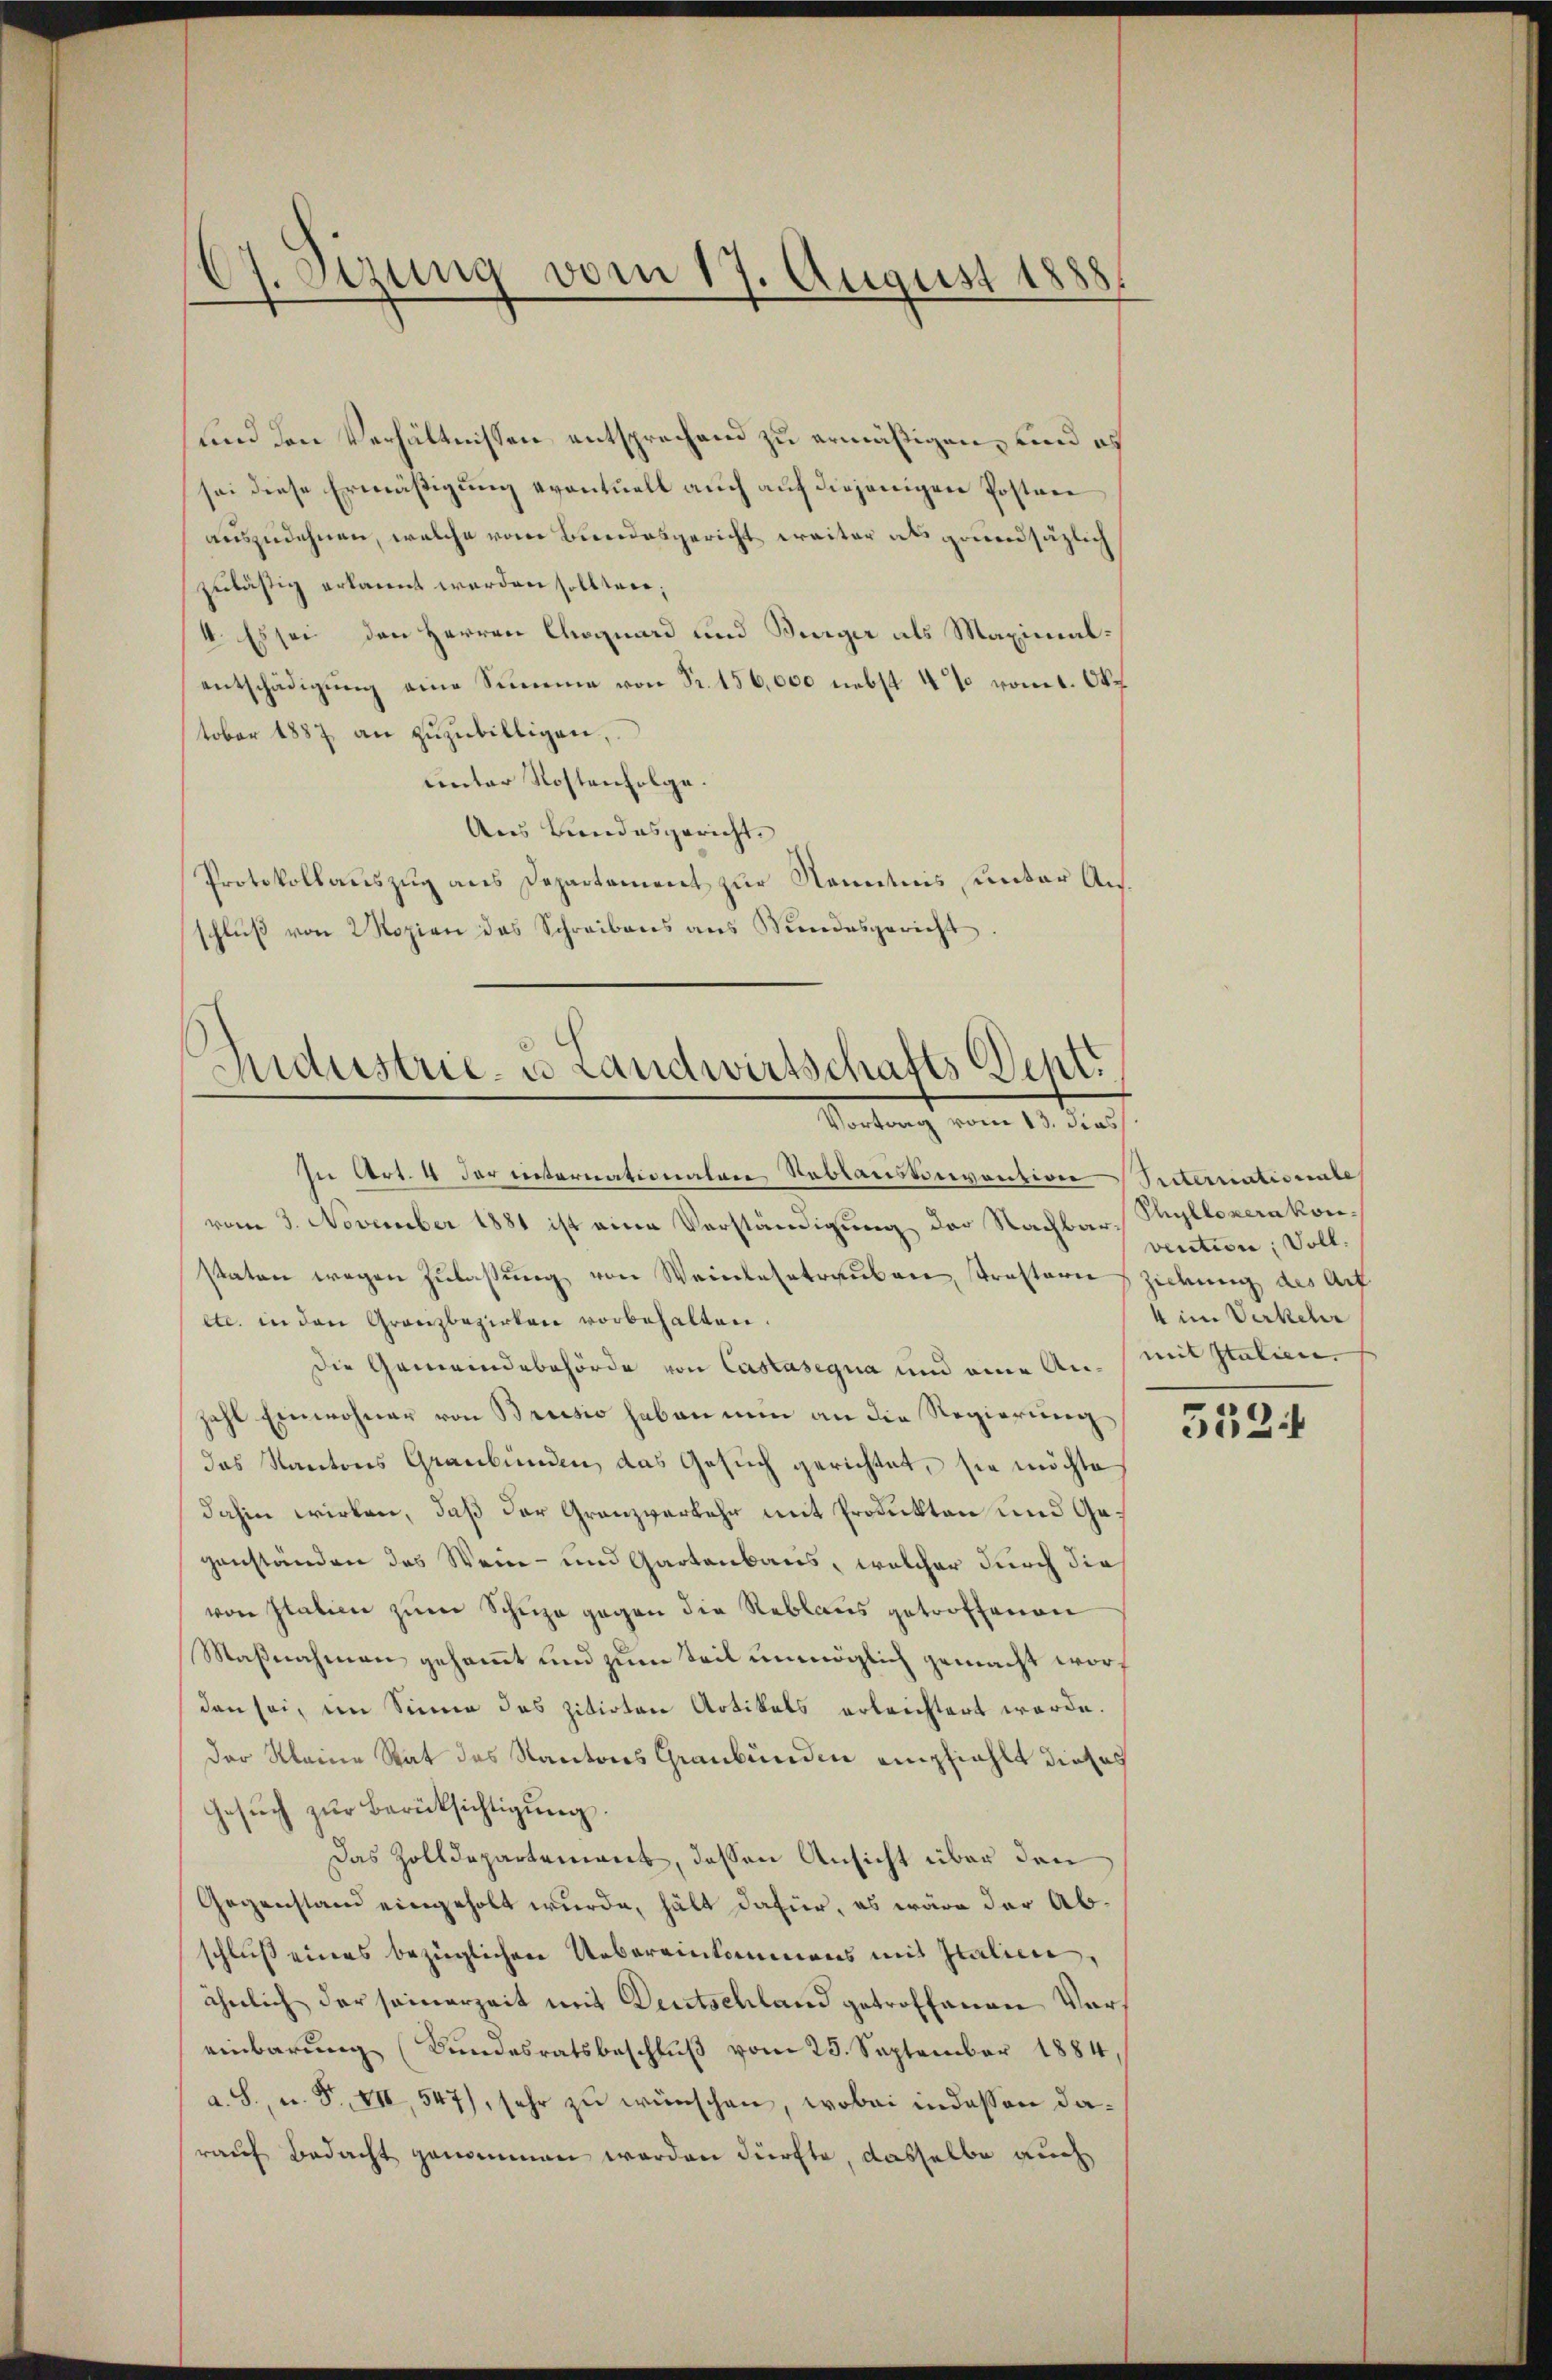
17. Sizung vom 17. August 1888.

und den Verhältnissen entsprechend zu ermäßigen, und es
sei diese Ermäßigung eventuell auch auf diejenigen Postver
auszudehnen, welche vom Bundesgericht weiter als grundsätzlich
zulästig erkannt werden sollten;
I. Es sei den Herren Coquard und Bürger als Maximalentschädigung eine Summe von Fr. 156,000 nebst 4% vom 1. Okt
tober 1887 an zŭzŭbilligen,
unter Kostenfolge.
Ans Bundesgericht
Protokollauszug aus Departement zur Kenntnis unter Ausschlŭβ von 2 Kopien das Schreibens ans Mundesgericht

Industrie- u Landwirtschafts Deptt
Sartung vom 13. dies

von Italien zŭm Schuhe gegen die Reblaus getroffenen
Maßnahmen gesammt und zum Teil unmöglich gemacht worden sei, im Sinne das zitirten Artikels erleichtert werde.
der kleine Rat des Kantons Graubünden empfiehlt dieses
Gesŭch zŭr Berücksichtigŭng.
Das Zolldepartement, dessen Ansicht über den
Gegenstand eingeholt wurde, hält dafür, es wäre der Abschluß eines bezüglichen Uebereinkommens mit Italien,
ähnlich der seinerzeit mit Deutschland getroffenen Vors
einbarŭng (Bundesratsbeschlŭβ vom 25. September 1884
a. S., u. F. VII, 547), sehr zu wünschen, wobei indessen darauf Bedacht genommen worden dürfte, dasselbe auch

In Art. 4 der internationalen Reblaustinvention
vom 3. November 1881 ist eine Verständigung der Nachbar Phyllozerakonstaten wegen Zulassung von Weinlehrtrauben, strastern Zickung des Auf
etc. in den Granzbezirken vorbehalten.
Die Gemeindebehörde von Castasegna und eine An- mit Italien.
zahl Einwohner von Brusio haben nun an die Regierung
das Kantons Graubünden, das Gesuch gerichtet, sie möchte
dahin wirken, daß der Granzverkehr mit Produkten und Gegenständen das Wein- und Gartenbaus, welcher durch die

Iriternationale
vention, soll.
4 im Verkehr

5524